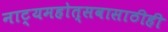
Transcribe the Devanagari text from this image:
नाट्यमहोत्सवासाठीही